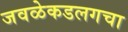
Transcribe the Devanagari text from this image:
जवळेकडलगचा